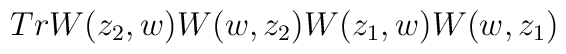
Tr W(z_2,w)W(w,z_2)W(z_1,w)W(w,z_1)